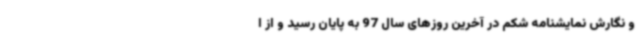
و نگارش نمایشنامه شکم در آخرین روزهای سال 97 به پایان رسید و از ا